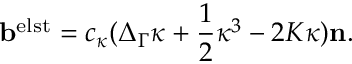
\mathbf b ^ { \mathrm { e l s t } } = c _ { \kappa } ( \Delta _ { \Gamma } \kappa + \frac 1 2 \kappa ^ { 3 } - 2 K \kappa ) \mathbf n .